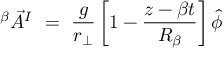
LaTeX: ^ { \beta } { \vec { A } } ^ { I } ~ = ~ { \frac { g } { r _ { \bot } } } \left[ 1 - { \frac { z - \beta t } { R _ { \beta } } } \right] \hat { \phi }